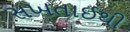
સખતાઈથી